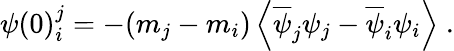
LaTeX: \psi(0)_{i}^{j}=-(m_{j}-m_{i})\left\langle\overline{{{\psi}}}_{j}\psi_{j}-\overline{{{\psi}}}_{i}\psi_{i}\right\rangle\; .